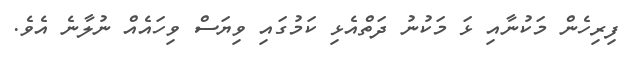
ފިރިހެން މަކުނާއި ޅަ މަކުނު ދަތްއެޅި ކަމުގައި ވިޔަސް ވިހައެއް ނުލާނެ އެވެ.